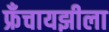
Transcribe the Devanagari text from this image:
फ्रॅंचायझीला